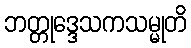
ဘတ္တုဒ္ဒေသကသမ္မုတိ